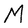
Character: M